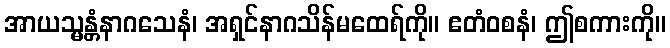
အာယသ္မန္တံနာဂသေနံ၊ အရှင်နာဂသိန်မထေရ်ကို။ ဧတံဝစနံ၊ ဤစကားကို။